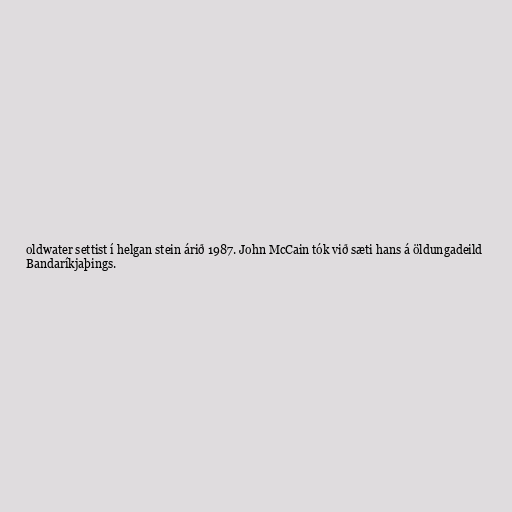
oldwater settist í helgan stein árið 1987. John McCain tók við sæti hans á öldungadeild
Bandaríkjaþings.